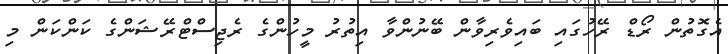
އެގޮތުން ރޯޑް ރޭހުގައި ބައިވެރިވާން ބޭނުންވާ އިތުރު މީހުންގެ ރެޖިސްޓްރޭޝަންގެ ކަންކަން މި